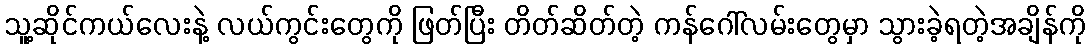
သူ့ဆိုင်ကယ်လေးနဲ့ လယ်ကွင်းတွေကို ဖြတ်ပြီး တိတ်ဆိတ်တဲ့ ကန်ဂေါ်လမ်းတွေမှာ သွားခဲ့ရတဲ့အချိန်ကို